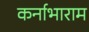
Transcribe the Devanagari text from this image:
कर्नाभाराम